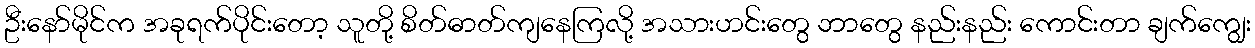
ဦးနော်မိုင်က အခုရက်ပိုင်းတော့ သူတို့ စိတ်ဓာတ်ကျနေကြလို့ အသားဟင်းတွေ ဘာတွေ နည်းနည်း ကောင်းတာ ချက်ကျွေး